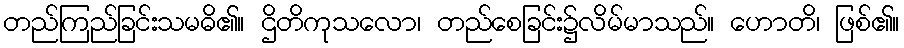
တည်ကြည်ခြင်းသမဓိ၏။ ဌိတိကုသလော၊ တည်စေခြင်း၌လိမ်မာသည်။ ဟောတိ၊ ဖြစ်၏။